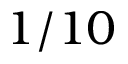
1 / 1 0